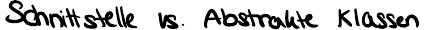
Schnittstelle vs. Abstrakte Klassen